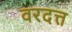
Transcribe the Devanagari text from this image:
वरदत्त